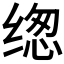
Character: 𰬰